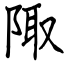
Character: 陬